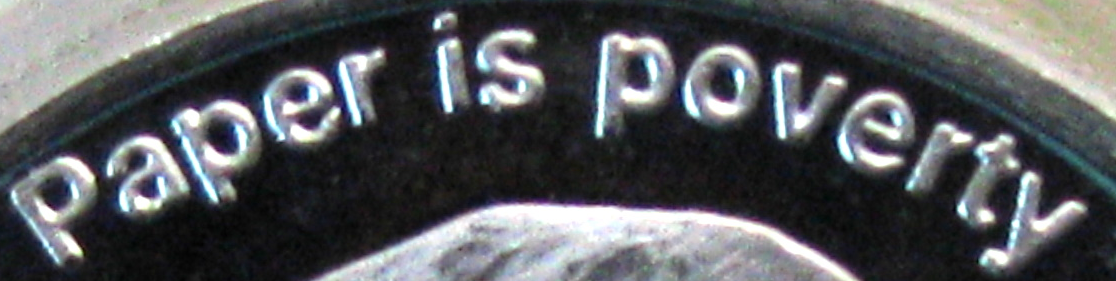
Paper is poveryt